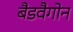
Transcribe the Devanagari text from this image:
बैडवैगोन